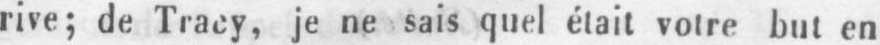
rive; de Tracy, je ne sais quel était votre but en